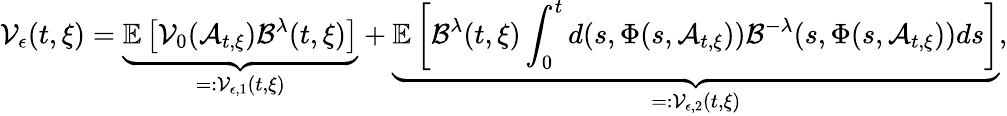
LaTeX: \mathcal{V}_{\epsilon}(t,\xi)=\underbrace{\mathbb{E}\left[\mathcal{V}_{0}(\mathcal{A}_{t,\xi})\mathcal{B}^{\lambda}(t,\xi)\right]}_{=:\mathcal{V}_{\epsilon,1}(t,\xi)}+\underbrace{\mathbb{E}\left[\mathcal{B}^{\lambda}(t,\xi)\int_{0}^{t}d(s,\Phi(s,\mathcal{A}_{t,\xi}))\mathcal{B}^{-\lambda}(s,\Phi(s,\mathcal{A}_{t,\xi}))ds\right]}_{=:\mathcal{V}_{\epsilon,2}(t,\xi)},